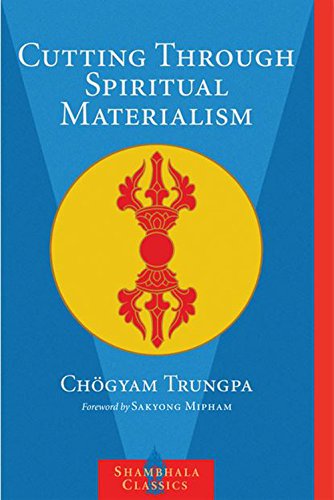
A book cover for Cutting Through Spiritual Materialism (Shambhala Classics); Chogyam Trungpa; Religion & Spirituality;